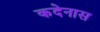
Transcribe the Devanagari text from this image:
कदेनास